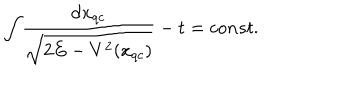
\int \! \frac { \mathrm { d } x _ { q c } } { \sqrt { 2 E - V ^ { 2 } ( x _ { q c } ) } } - t = c o n s t .